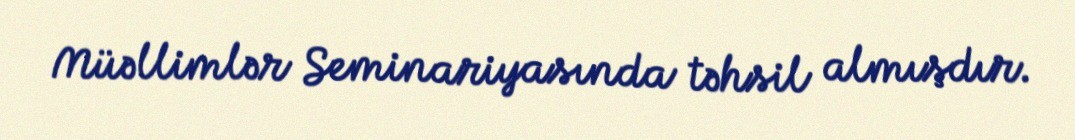
Müəllimlər Seminariyasında təhsil almışdır.